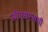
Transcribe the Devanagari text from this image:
जीएसएलपी